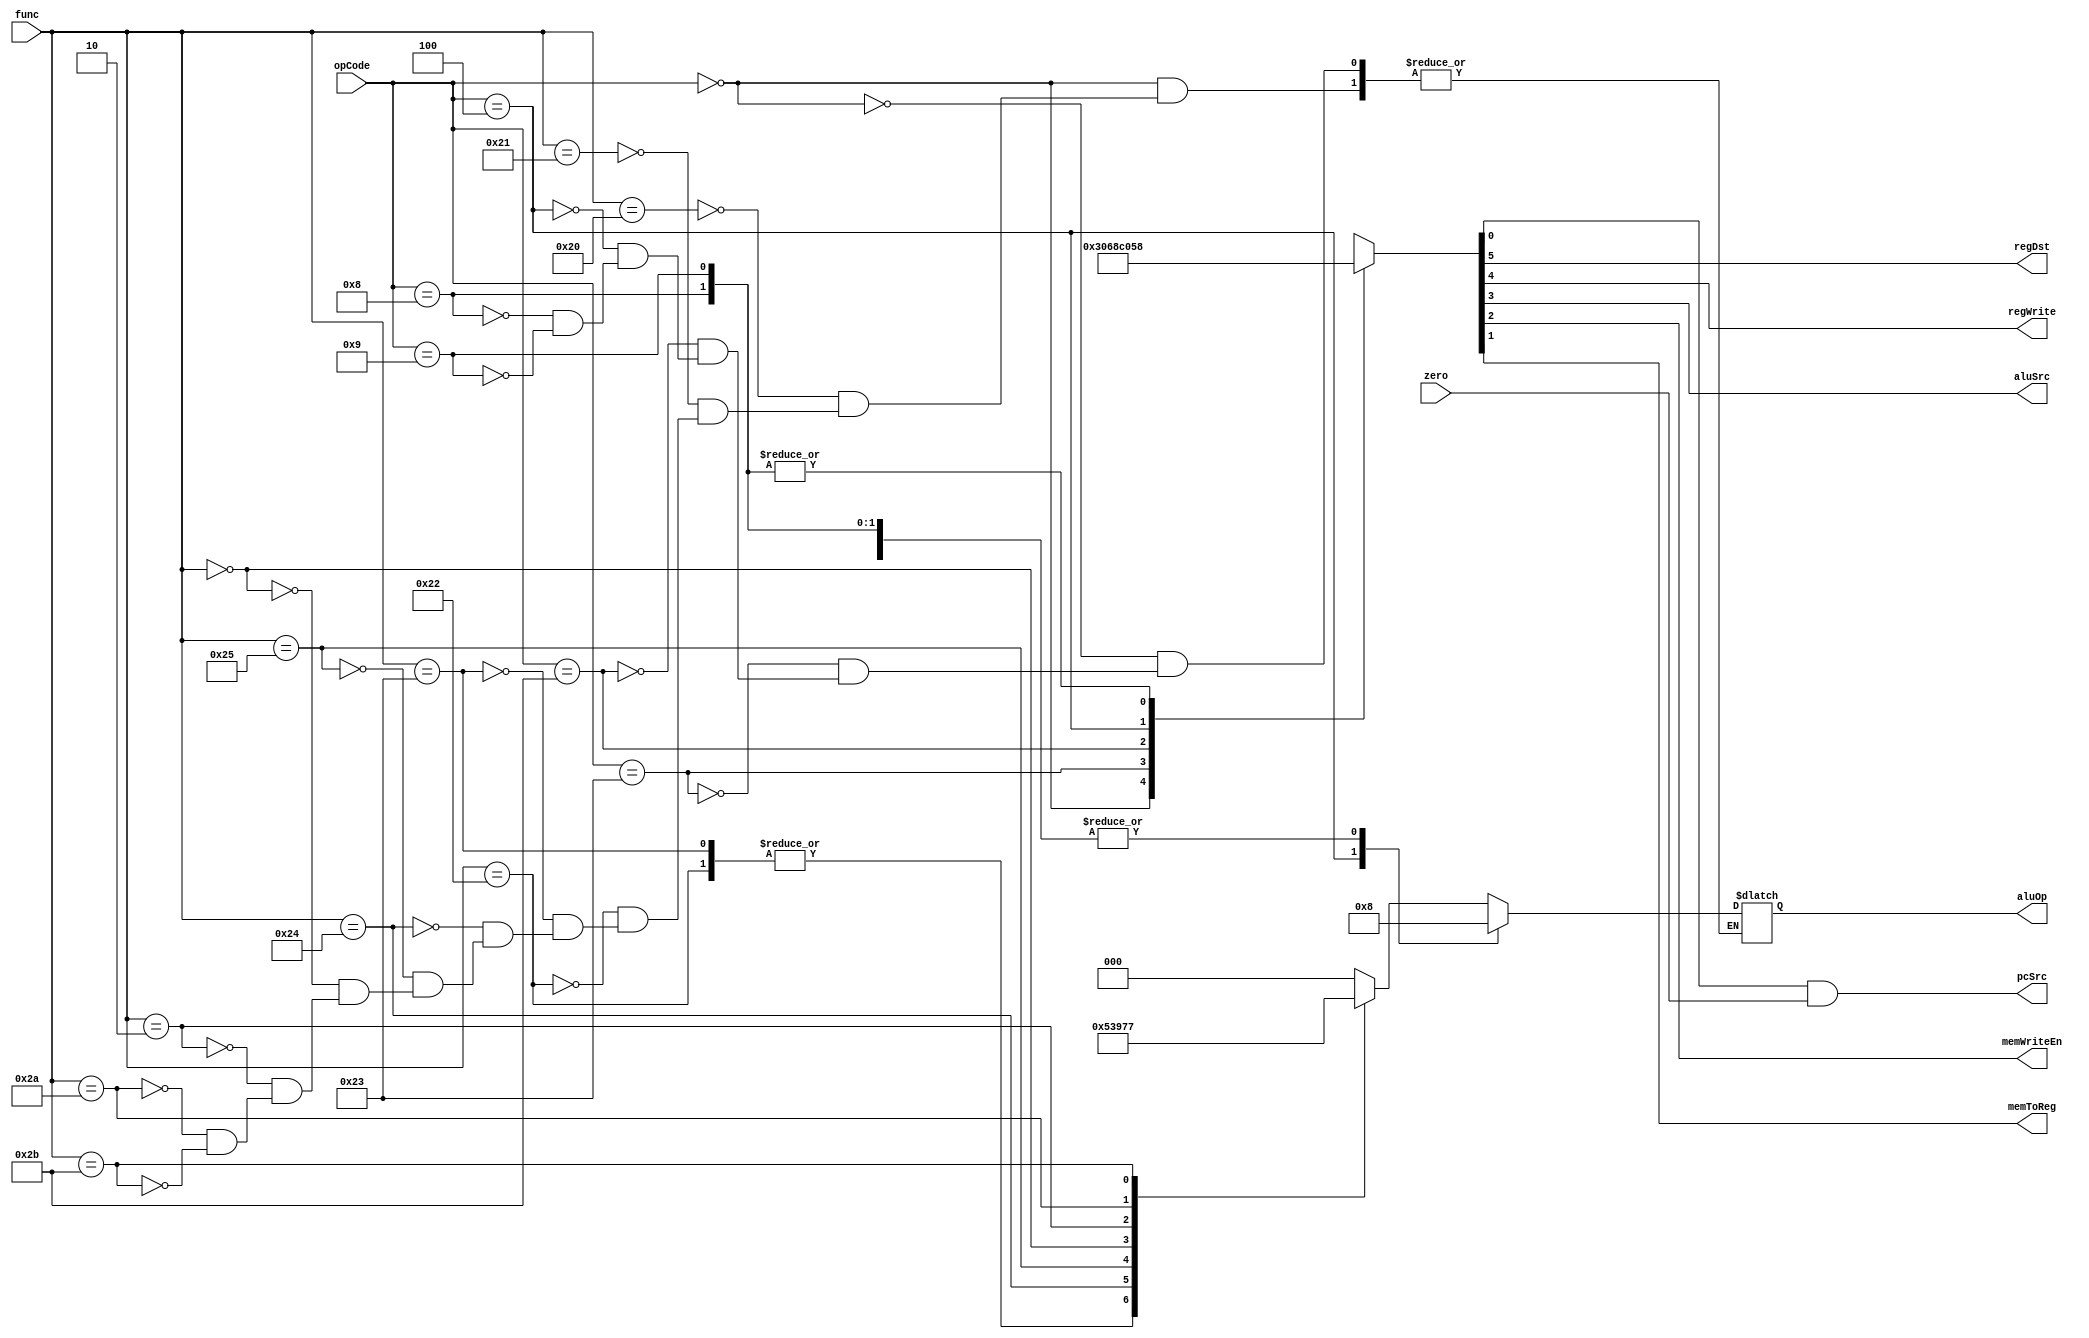
// This is the control unit

module controlUnit
(
	opCode,
	func,
	zero,
	regDst,
	regWrite,
	pcSrc,
	aluSrc,
	aluOp,
	memWriteEn,
	memToReg
);

	input [5:0] opCode, func;
	input zero;
	output reg regDst, regWrite, aluSrc, memWriteEn, memToReg;
	output reg [2:0] aluOp;
	output pcSrc;

	reg [5:0] muxControlBits;
	reg branch;

	always @(*)
	begin
		case (opCode)
			6'b000000:	// R-type
			begin
				muxControlBits <= 6'b110000;
				case (func)
				6'b100000: aluOp <= 3'b000;			// ADD
				6'b100001: aluOp <= 3'b000;			// ADDU
				6'b100010: aluOp <= 3'b001;			// SUB
				6'b100011: aluOp <= 3'b001;			// SUBU
				6'b100100: aluOp <= 3'b010;			// AND
				6'b100101: aluOp <= 3'b011;			// OR
				6'b000000: aluOp <= 3'b100;			// SLL 
				6'b000010: aluOp <= 3'b101;			// SRL
				6'b101010: aluOp <= 3'b110;			// SLT
				6'b101011: aluOp <= 3'b111;			// SLTU
				endcase
			end

			6'b100011:	// LW
			begin
				muxControlBits <= 6'b011010;
				aluOp <= 3'b000;
			end

			6'b101011:	// SW
			begin
				muxControlBits <= 6'b001100;
				aluOp <= 3'b000;
			end

			6'b000100:	// BEQ
			begin
				muxControlBits <= 6'b000001;
				aluOp <= 3'b001;
			end

			6'b001000:	// ADDI
			begin
				muxControlBits <= 6'b011000;
				aluOp <= 3'b000;
			end

			6'b001001:	// ADDIU
			begin
				muxControlBits <= 6'b011000;
				aluOp <= 3'b000;
			end

			default:
			begin
				muxControlBits <= 6'bxxxxxx;		// NOP
			end
		endcase

		{regDst, regWrite, aluSrc, memWriteEn, memToReg, branch} = muxControlBits;
	end

	assign pcSrc = branch & zero;

endmodule